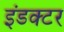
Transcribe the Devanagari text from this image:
इंडक्टर